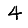
Digit: 4